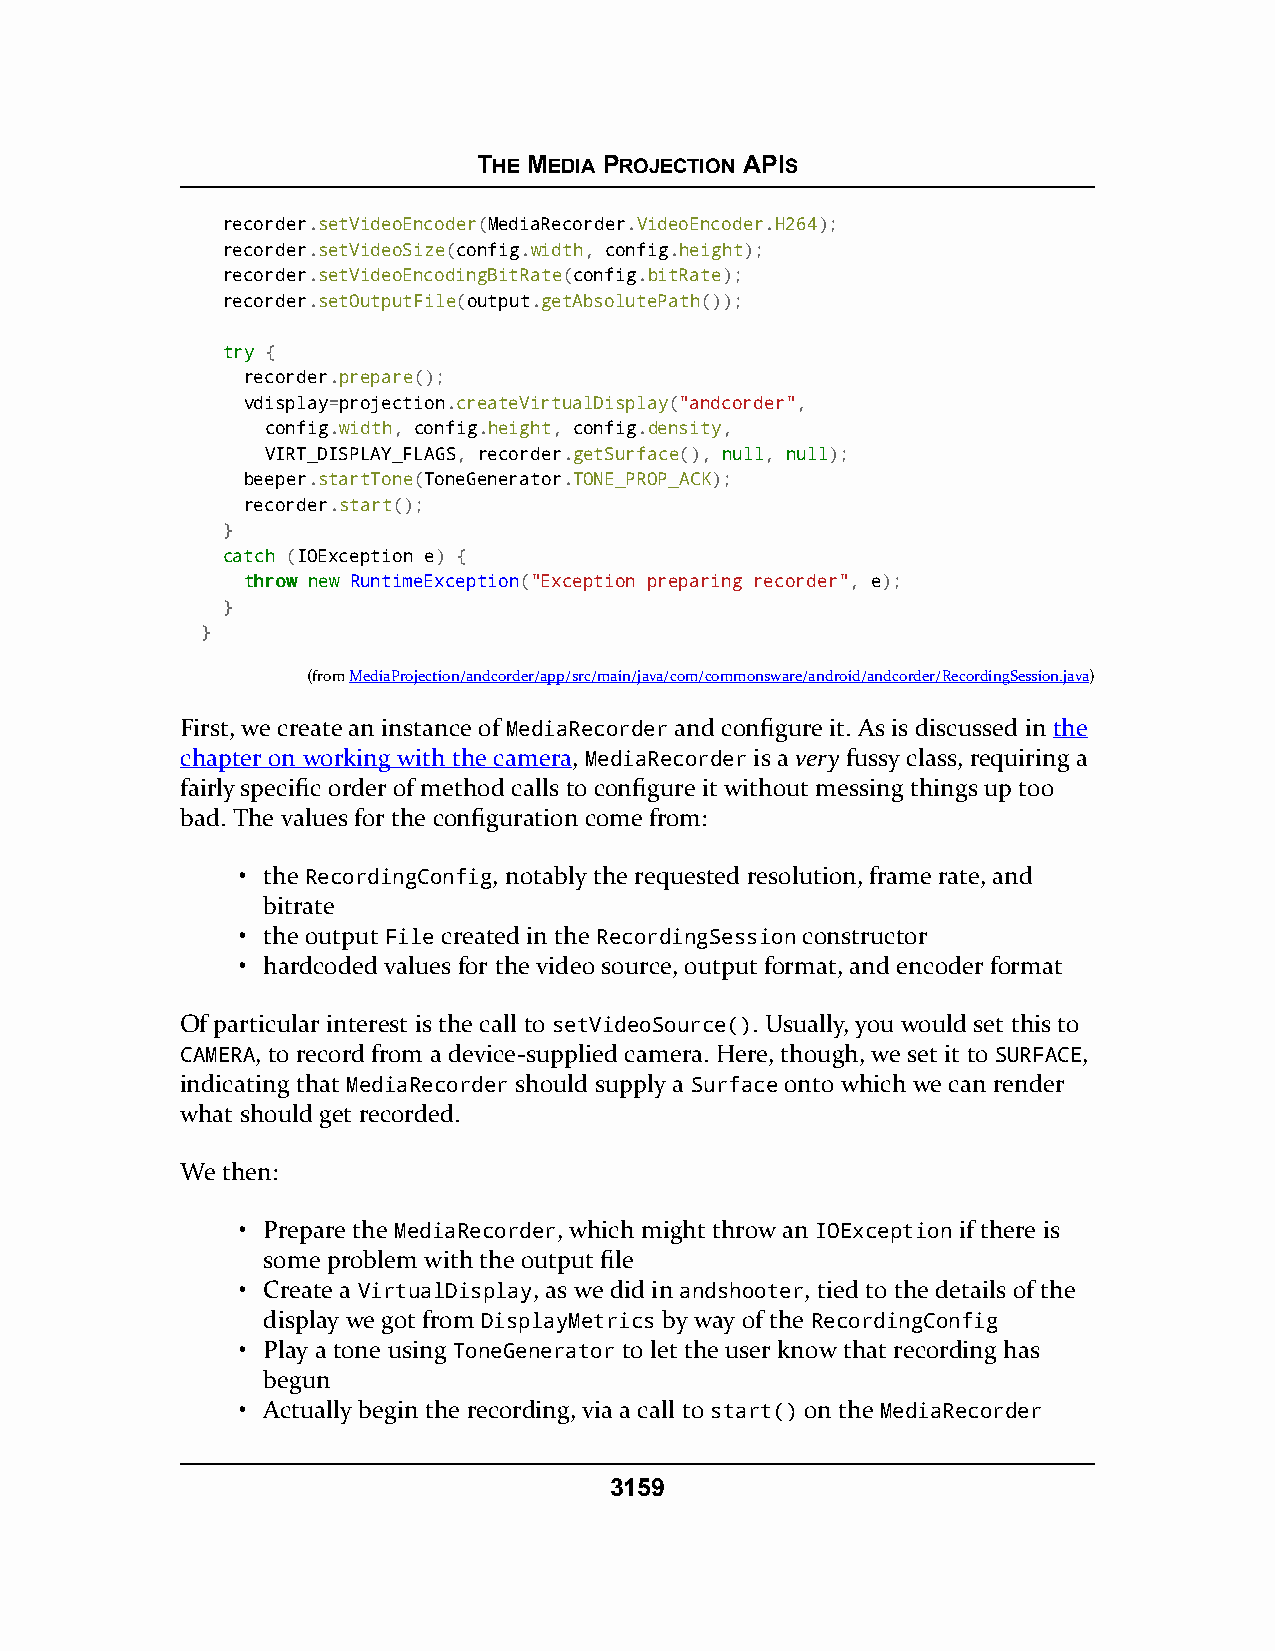
THE MEDIA PROJECTION APIS
 recorder.setVideoEncoder(MediaRecorder.VideoEncoder.H264);
 recorder.setVideoSize(config.width, config.height);
 recorder.setVideoEncodingBitRate(config.bitRate);
 recorder.setOutputFile(output.getAbsolutePath());
 ttrryy {
 recorder.prepare();
 vdisplay=projection.createVirtualDisplay("andcorder",
 config.width, config.height, config.density,
 VIRT_DISPLAY_FLAGS, recorder.getSurface(), nnuullll, nnuullll);
 beeper.startTone(ToneGenerator.TONE_PROP_ACK);
 recorder.start();
 }
 ccaattcchh (IOException e) {
 tthhrrooww nneeww RuntimeException("Exception preparing recorder", e);
 }
 }
 (fromMediaProjection/andcorder/app/src/main/java/com/commonsware/android/andcorder/RecordingSession.java)
 First, we create an instance of MediaRecorder and configure it. As is discussed in the
 chapter on working with the camera, MediaRecorder is a very fussy class, requiring a
 fairly specific order of method calls to configure it without messing things up too
 bad. The values for the configuration come from:
 • the RecordingConfig, notably the requested resolution, frame rate, and
 bitrate
 • the output File created in the RecordingSession constructor
 • hardcoded values for the video source, output format, and encoder format
 Of particular interest is the call to setVideoSource(). Usually, you would set this to
 CAMERA, to record from a device-supplied camera. Here, though, we set it to SURFACE,
 indicating that MediaRecorder should supply a Surface onto which we can render
 what should get recorded.
 We then:
 • Prepare the MediaRecorder, which might throw an IOException if there is
 some problem with the output file
 • Create a VirtualDisplay, as we did in andshooter, tied to the details of the
 display we got from DisplayMetrics by way of the RecordingConfig
 • Play a tone using ToneGenerator to let the user know that recording has
 begun
 • Actually begin the recording, via a call to start() on the MediaRecorder
 3159